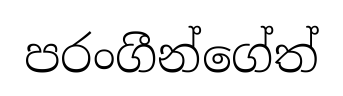
පරංගීන්ගේත්